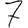
Digit: 7